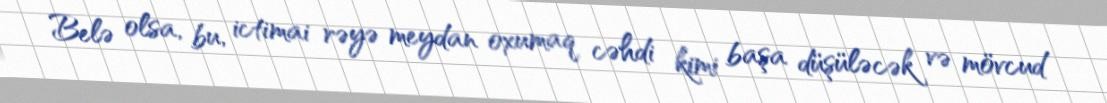
Belə olsa, bu, ictimai rəyə meydan oxumaq cəhdi kimi başa düşüləcək və mövcud